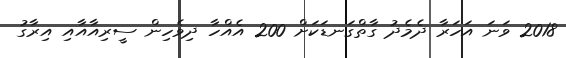
2018 ވަނަ އަހަރާ ދެމެދު ގާތްގަނޑަކަށް 200 އެއްހާ ދިވެހިން ސީރިއާއާއި އިރާގު